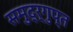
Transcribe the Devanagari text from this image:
समुद्र्गुप्त